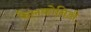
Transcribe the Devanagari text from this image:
फैलकोनिडी